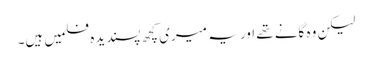
لیکن وہ گانے تھے اور یہ میری کچھ پسندیدہ فلمیں ہیں۔